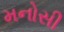
મનોસી